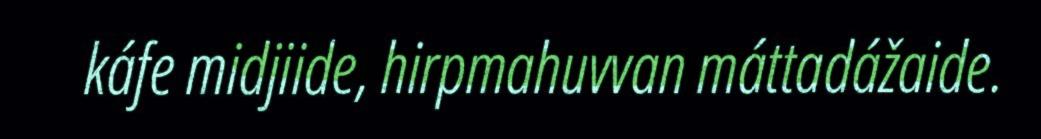
káfe midjiide, hirpmahuvvan máttadážaide.